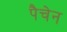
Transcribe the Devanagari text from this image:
पैचेन